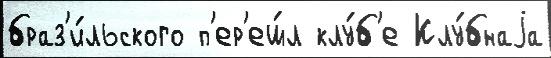
браз'и́льского п'ер'еш́л клу́б'е Клу́бнаjа